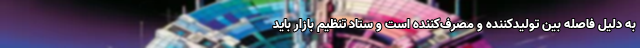
به دلیل فاصله بین تولیدکننده و مصرف‌کننده است و ستاد تنظیم بازار باید